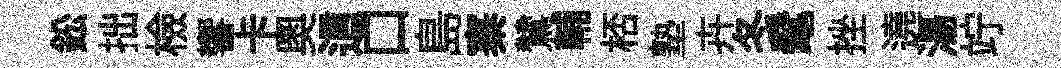
鈆拙檢響卡奥這口島寨鷥輔桮塾卉冬髦挫遶湯竚